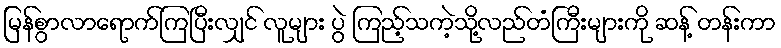
မြန်စွာလာရောက်ကြပြီးလျှင် လူများ ပွဲ ကြည့်သကဲ့သို့လည်တံကြီးများကို ဆန့် တန်းကာ